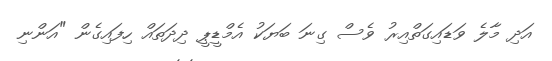
އަދި މާލެ ވަޑައިގަތްއިރު ވެސް ގިނަ ބަޔަކު އެމްޑީޕީ ދިދަތައް ހިފައިގެން "އަންނި